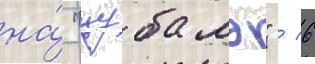
на́ "цубамэ" / 6